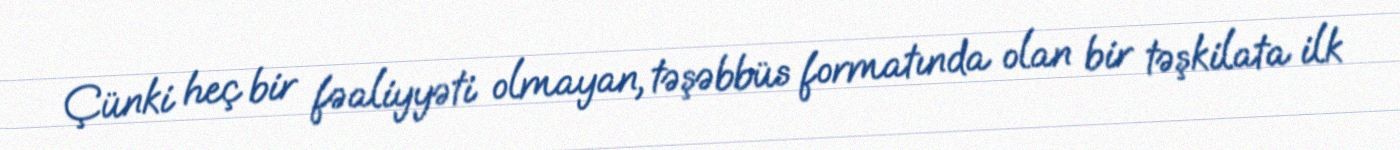
Çünki heç bir fəaliyyəti olmayan, təşəbbüs formatında olan bir təşkilata ilk